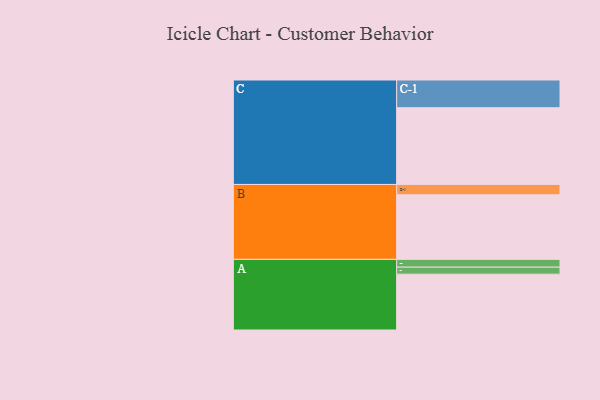
{"axis": {"x": "Segment", "y": "Value"}, "legend": ["", "A", "B", "C"], "data": [{"x": "A", "y": 431, "type": ""}, {"x": "B", "y": 498, "type": ""}, {"x": "C", "y": 592, "type": ""}, {"x": "A-1", "y": 60, "type": "A"}, {"x": "A-2", "y": 54, "type": "A"}, {"x": "B-1", "y": 80, "type": "B"}, {"x": "C-1", "y": 214, "type": "C"}]}